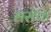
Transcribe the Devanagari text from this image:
सरोपा